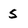
Character: S